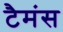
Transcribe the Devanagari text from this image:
टैमंस